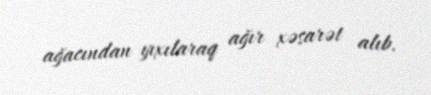
ağacından yıxılaraq ağır xəsarət alıb.